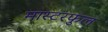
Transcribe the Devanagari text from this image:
मास्टरफुल